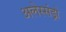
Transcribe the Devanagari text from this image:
अलेस्संड्रो